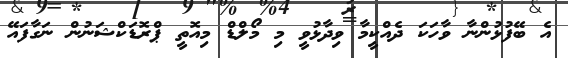
އެ ބޭފުޅުންނާ ވާހަކަ ދެއްކީމާ ވިދާޅުވީ މި މޯލްޑް މިއޮތީ ޕްރޮޑަކްޝަނުން ނަގާފައޭ